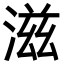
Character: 滋